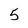
Character: 5